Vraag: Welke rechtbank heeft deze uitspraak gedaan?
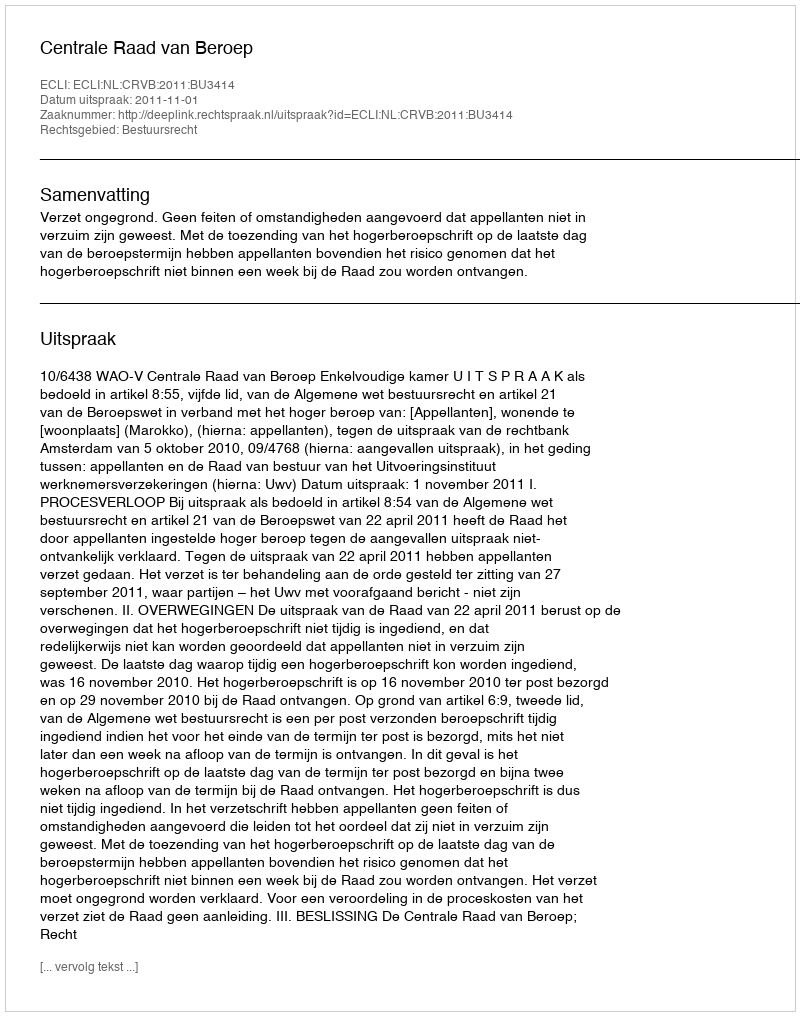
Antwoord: Centrale Raad van Beroep